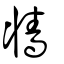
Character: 牆